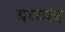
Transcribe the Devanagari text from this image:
बच्च्पन